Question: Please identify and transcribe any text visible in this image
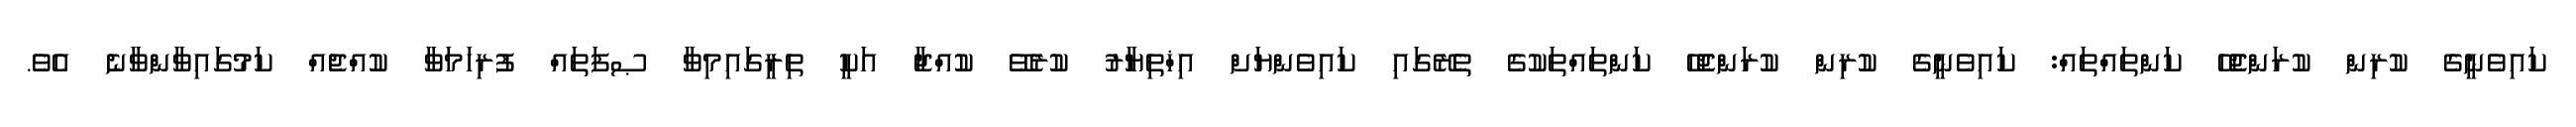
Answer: ކައިވެނީގެ ކުރިން ކުރަންޖެހޭ ކަންތައްތައް: ކައިވެނީގެ ކުރިން ކުރަންޖެހޭ ކަންތައްތަކުގެ ތެރޭގައި ކައިވެންޔަށް އިޚްތިޔާރު ކުރެވޭ ކުއްޖާ އަކީ ތިރީގައިމިވާ ޞފަތައް ފުރިހަމަވާ ކުއްޖެއް ކަމުގައިވާންވާނެ އެވެ.